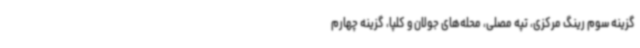
گزینه سوم رینگ مرکزی، تپه مصلی، محله‌های جولان و کلپا، گزینه چهارم